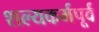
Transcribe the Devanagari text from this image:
शल्यकर्मपूर्व